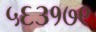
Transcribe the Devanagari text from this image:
५६३१७९